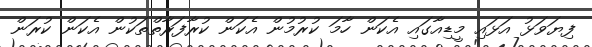
ފިޔަވަޅު އަޅައި މީޑިއާގައި އެކަން ހާމަ ކުރުމުން އެކަން ކުރާފަރާތްތަކުން އެކަން ކުރަން